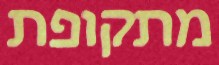
מתקופת